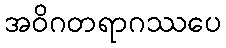
အဝိဂတရာဂဿပေ